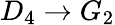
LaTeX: D_{4}\to G_{2}